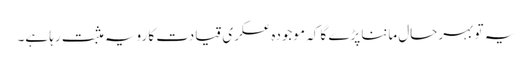
یہ تو بہرحال ماننا پڑے گا کہ موجودہ عسکری قیادت کا رویہ مثبت رہا ہے۔